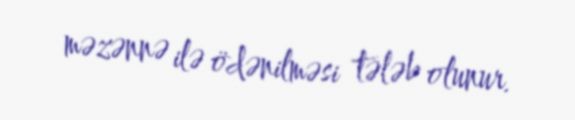
məzənnə ilə ödənilməsi tələb olunur.